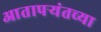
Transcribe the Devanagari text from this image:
आतापर्‍यंतच्या